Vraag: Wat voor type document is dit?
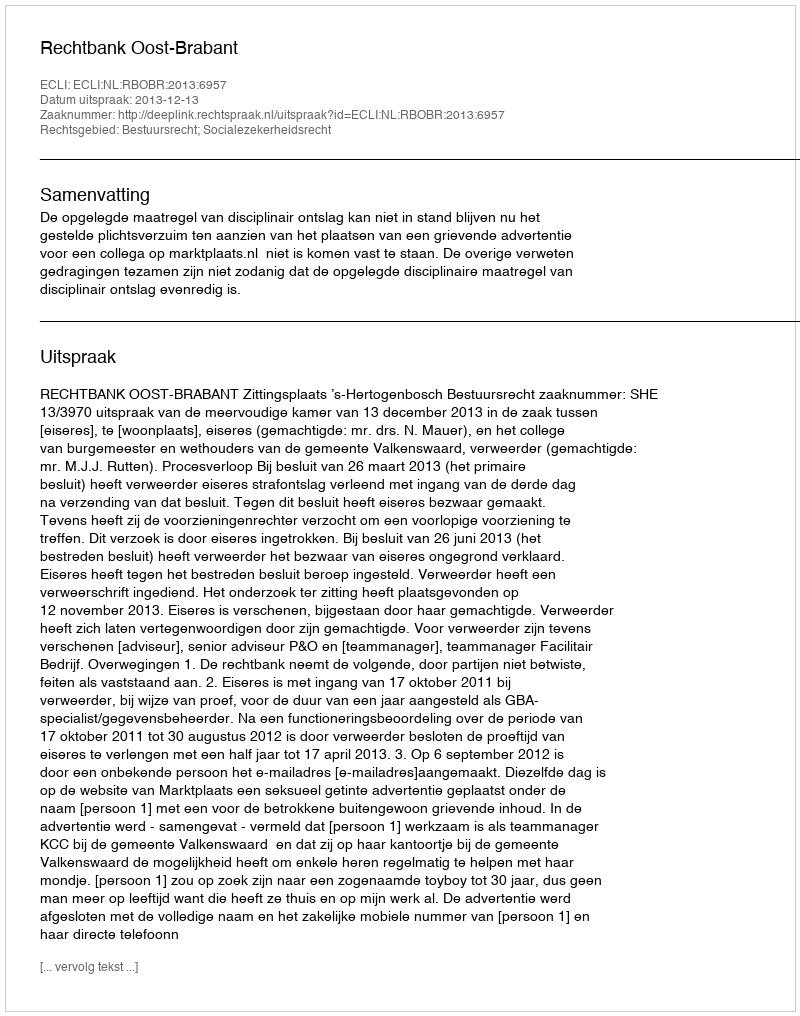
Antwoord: Uitspraak